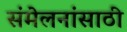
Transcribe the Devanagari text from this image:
संमेलनांसाठी